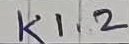
Text: K1.2